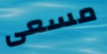
مسعى